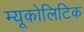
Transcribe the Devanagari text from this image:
म्यूकोलिटिक